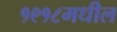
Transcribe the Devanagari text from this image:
१९१८मधील